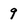
Character: 9